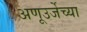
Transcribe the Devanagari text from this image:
अणूउर्जेच्या